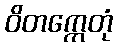
ဝိတက္ကေတုံ